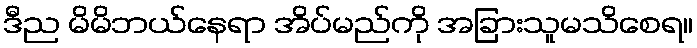
ဒီည မိမိဘယ်နေရာ အိပ်မည်ကို အခြားသူမသိစေရ။